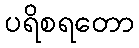
ပရိစရတော